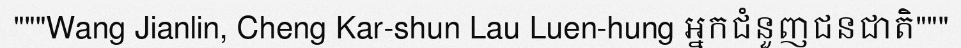
"""Wang Jianlin, Cheng Kar-shun Lau Luen-hung អ្នកជំនួញជនជាតិ"""